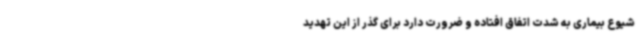
شیوع بیماری به شدت اتفاق افتاده و ضرورت دارد برای گذر از این تهدید